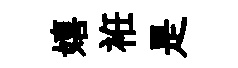
嬉袵是